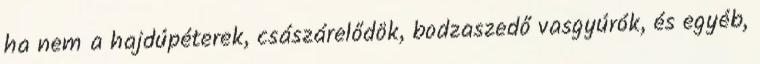
ha nem a hajdúpéterek, császárelődök, bodzaszedő vasgyúrók, és egyéb,